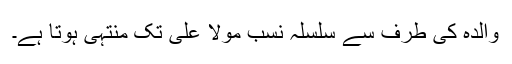
والدہ کی طرف سے سلسلۂ نسب مولا علی تک منتہی ہوتا ہے۔